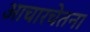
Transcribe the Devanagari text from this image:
आचारचेतना